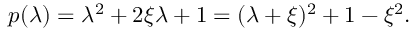
p ( \lambda ) = \lambda ^ { 2 } + 2 \xi \lambda + 1 = ( \lambda + \xi ) ^ { 2 } + 1 - \xi ^ { 2 } .